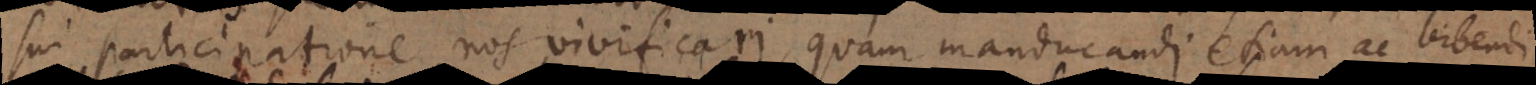
sui participatione nos vivificari, quam manducandi etiam ac bibendi